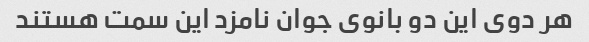
هر دوی این دو بانوی جوان نامزد این سمت هستند